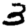
Digit: 3